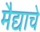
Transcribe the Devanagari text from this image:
मैद्याचे